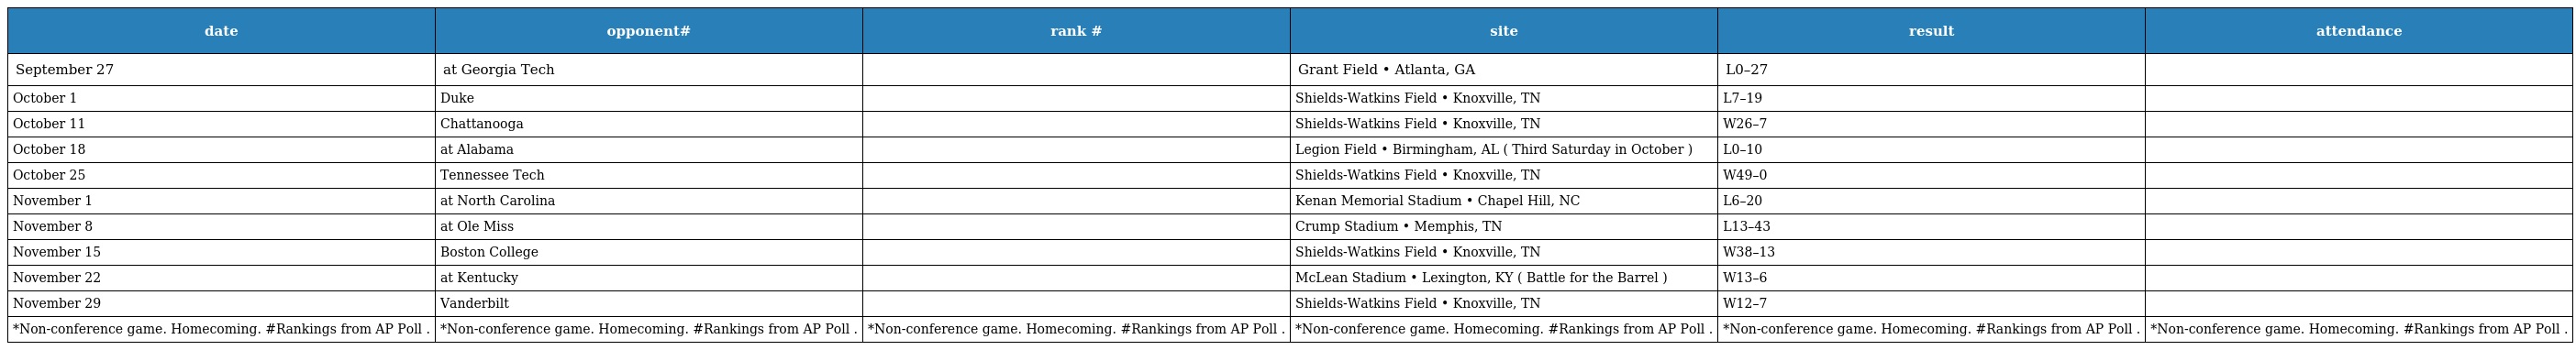
| date | opponent# | rank # | site | result | attendance |
 | --- | --- | --- | --- | --- | --- |
 | September 27 | at Georgia Tech |  | Grant Field • Atlanta, GA | L0–27 |  |
 | October 1 | Duke |  | Shields-Watkins Field • Knoxville, TN | L7–19 |  |
 | October 11 | Chattanooga |  | Shields-Watkins Field • Knoxville, TN | W26–7 |  |
 | October 18 | at Alabama |  | Legion Field • Birmingham, AL ( Third Saturday in October ) | L0–10 |  |
 | October 25 | Tennessee Tech |  | Shields-Watkins Field • Knoxville, TN | W49–0 |  |
 | November 1 | at North Carolina |  | Kenan Memorial Stadium • Chapel Hill, NC | L6–20 |  |
 | November 8 | at Ole Miss |  | Crump Stadium • Memphis, TN | L13–43 |  |
 | November 15 | Boston College |  | Shields-Watkins Field • Knoxville, TN | W38–13 |  |
 | November 22 | at Kentucky |  | McLean Stadium • Lexington, KY ( Battle for the Barrel ) | W13–6 |  |
 | November 29 | Vanderbilt |  | Shields-Watkins Field • Knoxville, TN | W12–7 |  |
 | *Non-conference game. Homecoming. #Rankings from AP Poll . | *Non-conference game. Homecoming. #Rankings from AP Poll . | *Non-conference game. Homecoming. #Rankings from AP Poll . | *Non-conference game. Homecoming. #Rankings from AP Poll . | *Non-conference game. Homecoming. #Rankings from AP Poll . | *Non-conference game. Homecoming. #Rankings from AP Poll . |